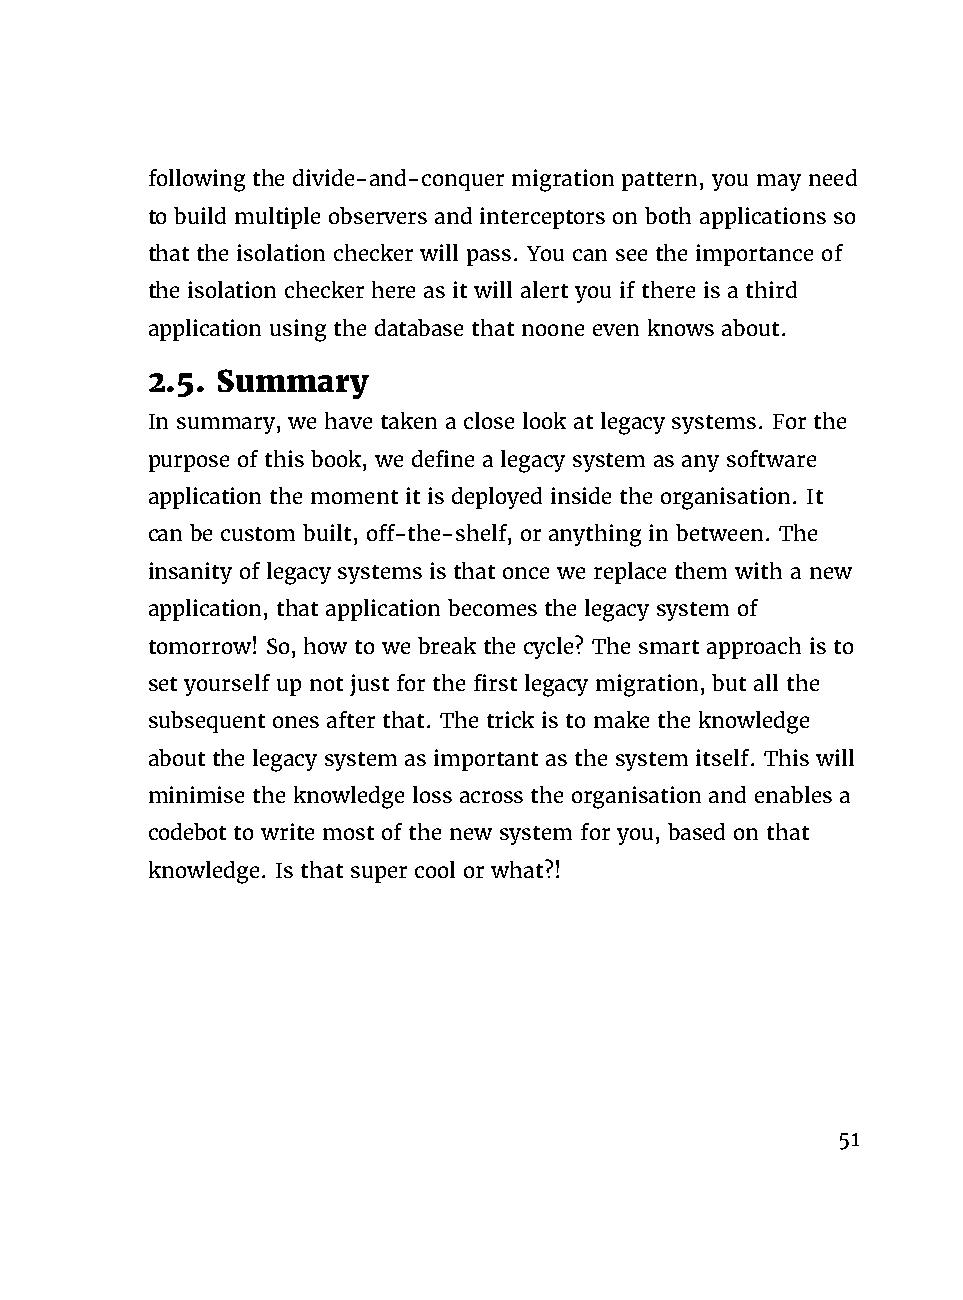
following the divide-and-conquer migration pattern, you may need
 to build multiple observers and interceptors on both applications so
 that the isolation checker will pass. You can see the importance of
 the isolation checker here as it will alert you if there is a third
 application using the database that noone even knows about.
 2.5. Summary
 In summary, we have taken a close look at legacy systems. For the
 purpose of this book, we define a legacy system as any software
 application the moment it is deployed inside the organisation. It
 can be custom built, off-the-shelf, or anything in between. The
 insanity of legacy systems is that once we replace them with a new
 application, that application becomes the legacy system of
 tomorrow! So, how to we break the cycle? The smart approach is to
 set yourself up not just for the first legacy migration, but all the
 subsequent ones after that. The trick is to make the knowledge
 about the legacy system as important as the system itself. This will
 minimise the knowledge loss across the organisation and enables a
 codebot to write most of the new system for you, based on that
 knowledge. Is that super cool or what?!
 51